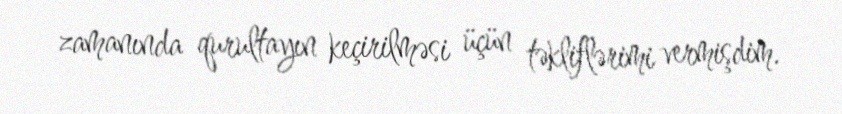
zamanında qurultayın keçirilməsi üçün təkliflərimi vermişdim.